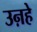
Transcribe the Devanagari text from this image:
उऩहे